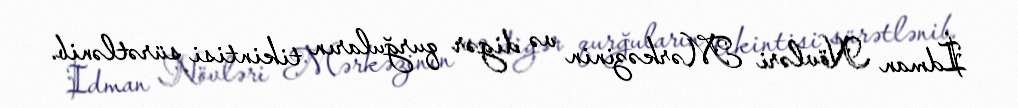
İdman Növləri Mərkəzinin və digər qurğuların tikintisi sürətlənib.